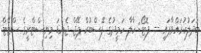
ބަދަލުކުރައްވާފައި -- ފޮޓޯ: ހާލާ ހަމީދުގެ ފޭސްބުކް ޕޭޖް ޖެންޑަ މިނިސްޓްރީގެ ސްޓޭޓް